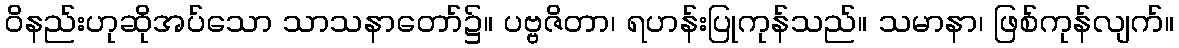
ဝိနည်းဟုဆိုအပ်သော သာသနာတော်၌။ ပဗ္ဗဇိတာ၊ ရဟန်းပြုကုန်သည်။ သမာနာ၊ ဖြစ်ကုန်လျက်။